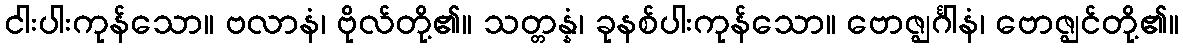
ငါးပါးကုန်သော။ ဗလာနံ၊ ဗိုလ်တို့၏။ သတ္တန္နံ၊ ခုနစ်ပါးကုန်သော။ ဗောဇ္ဈင်္ဂါနံ၊ ဗောဇ္ဈင်တို့၏။